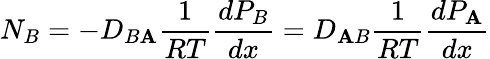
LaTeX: N_{B}=-D_{B\mathbf{A}}{\frac{{1}}{{RT}}}{\frac{{dP_{B}}}{{dx}}}=D_{\mathbf{A}B}{\frac{{1}}{{RT}}}{\frac{{dP_{\mathbf{A}}}}{{dx}}}